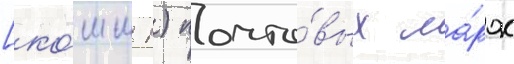
[ко́мм 1) почто́вых ма́рок